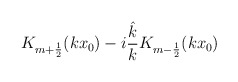
\begin{align*}K_{m+\frac 12}(kx_0)-i\frac{\hat k}{k}K_{m-\frac12}(kx_0)\end{align*}